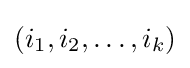
(i_{1},i_{2},\ldots ,i_{k})